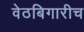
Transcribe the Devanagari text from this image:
वेठबिगारीच